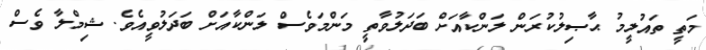
މަތީ ތައުލީމު ޙާޞިލުކުރަން ލަންކާއަށް ބަދަލުވާތީ މަންމަވެސް ލަންކާއަށް ބަދަލުވީީއެވެ. ޝިމްލާ ވެސް